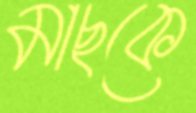
মাছকে